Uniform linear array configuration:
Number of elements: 12
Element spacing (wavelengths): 1
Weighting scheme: uniform
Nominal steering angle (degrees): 15
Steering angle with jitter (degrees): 13.511
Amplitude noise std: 0.05
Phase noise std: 0.05

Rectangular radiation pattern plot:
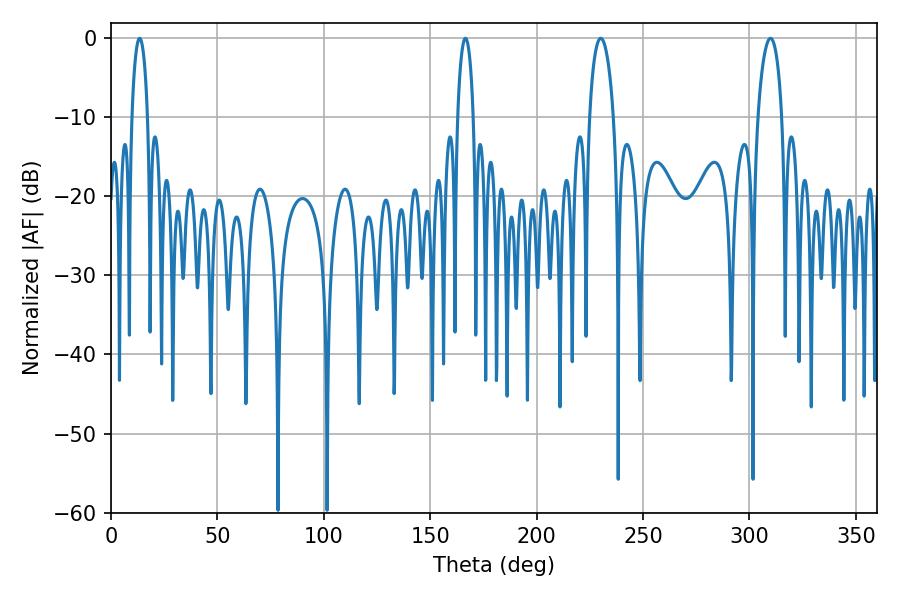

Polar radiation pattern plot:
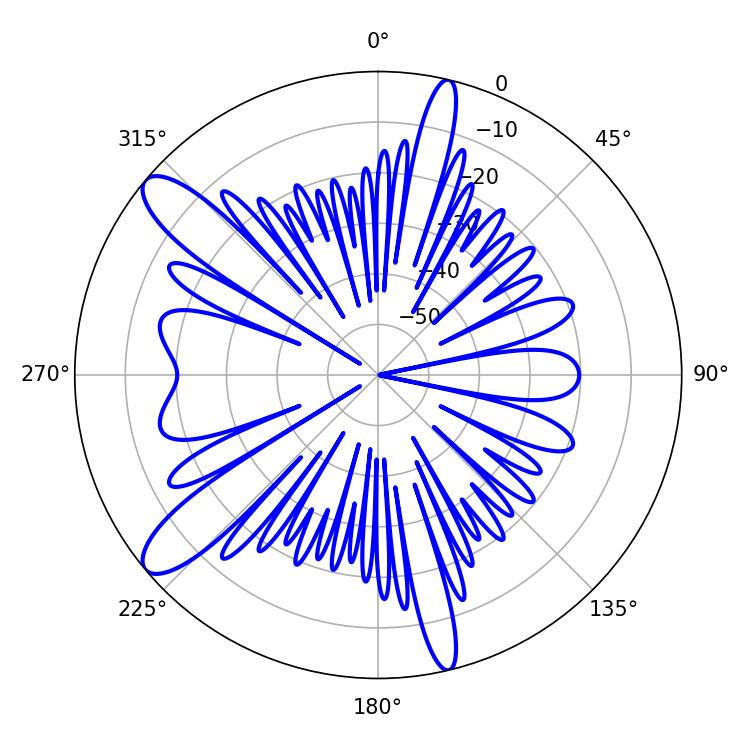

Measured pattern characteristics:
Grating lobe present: TRUE
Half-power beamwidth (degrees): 4.14
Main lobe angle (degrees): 13.5